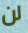
لن